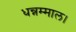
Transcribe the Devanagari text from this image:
धन्नम्माल।